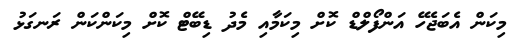
މިކަން އެބަޖެހޭ އަންފޯލްޑް ކޮށް މިކަމާއި މެދު ޑިބޭޓް ކޮށް މިކަންކަން ރަނގަޅު